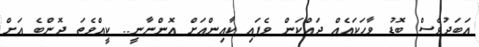
އަބަދުވެސް ބޮޑު ވާހަކައެއް ދައްކަން ވެފައި ކާއިންއަށް އޮންނާނީ.. ކީއްވެތަ ދޮންބެ އަށް